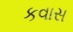
કવાસ